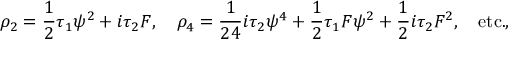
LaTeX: \rho _ { 2 } = { \frac { 1 } { 2 } } \tau _ { 1 } \psi ^ { 2 } + i \tau _ { 2 } { \cal F } , \quad \rho _ { 4 } = { \frac { 1 } { 2 4 } } i \tau _ { 2 } \psi ^ { 4 } + { \frac { 1 } { 2 } } \tau _ { 1 } { \cal F } \psi ^ { 2 } + { \frac { 1 } { 2 } } i \tau _ { 2 } { \cal F } ^ { 2 } , \quad \mathrm { e t c . } ,